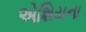
એશિયના